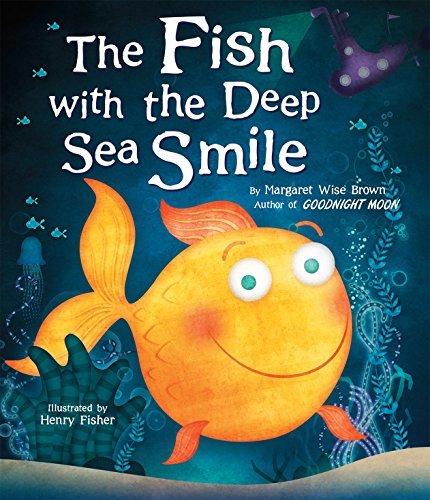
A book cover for The Fish With the Deep Sea Smile; Margaret Wise Brown; Children's Books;